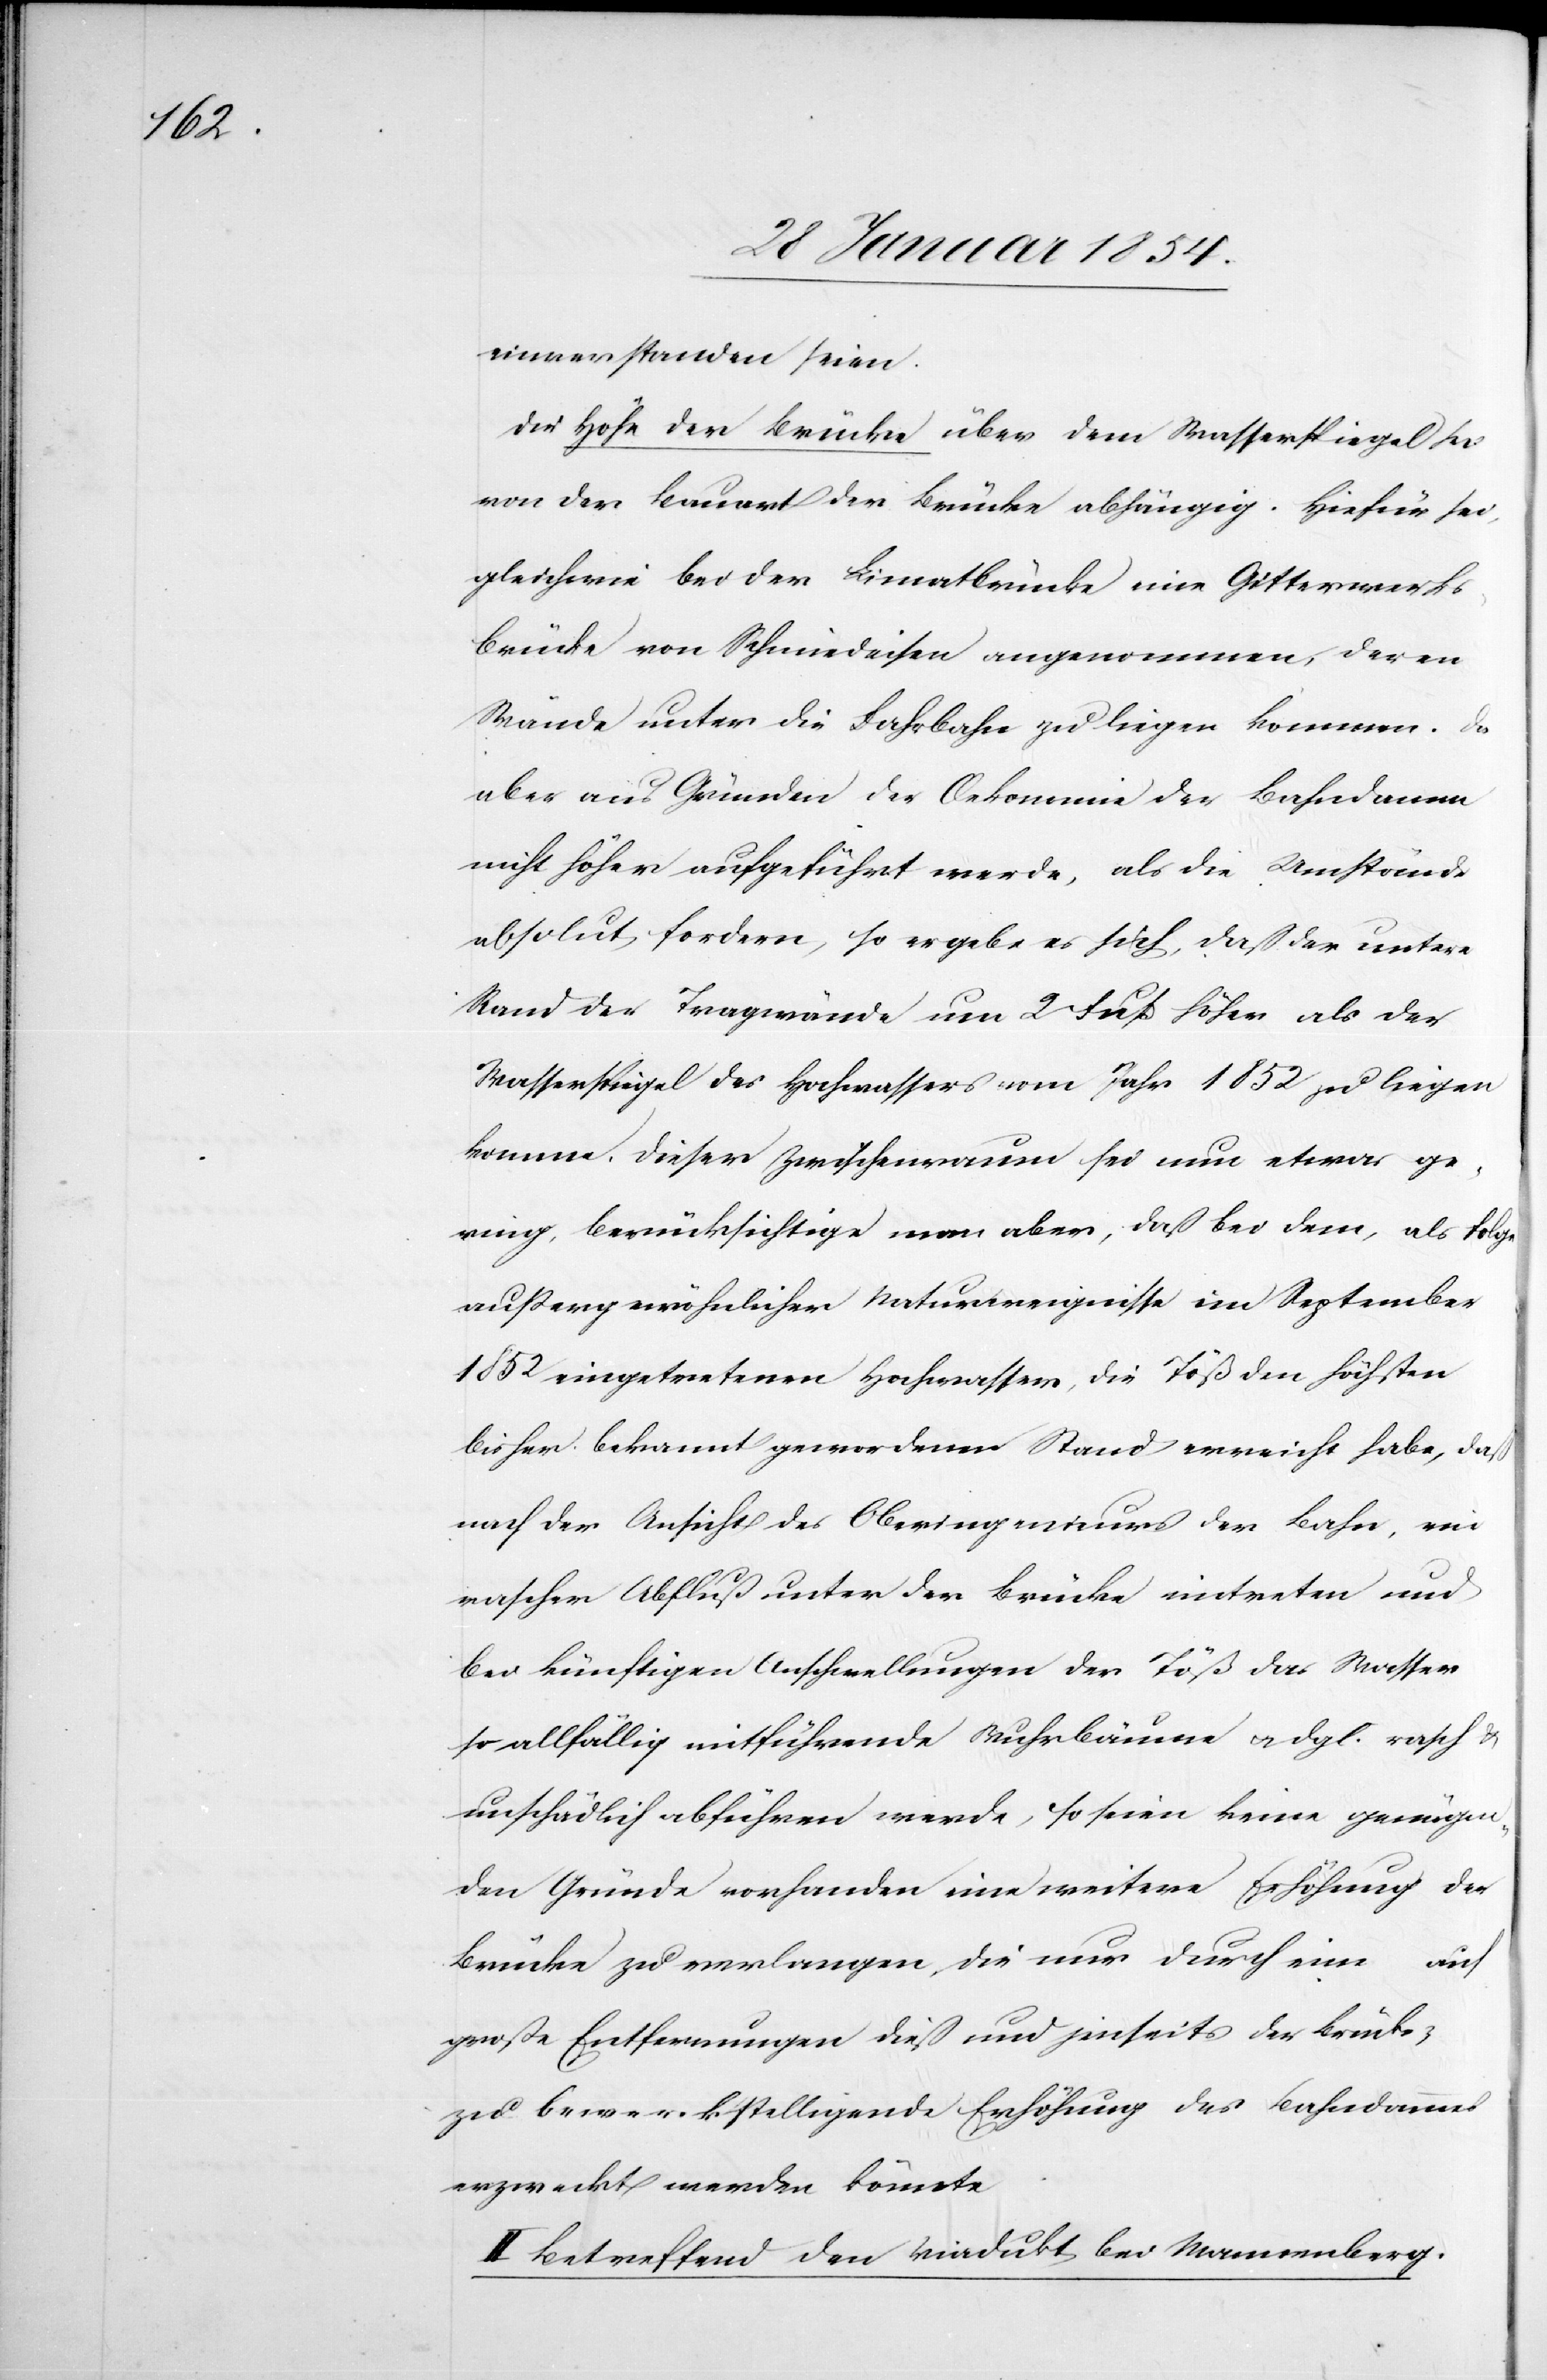
einverstanden seien.
Die Höhe der Brücke über dem Wasserspiegel sei
von der Bauart der Brücke abhängig. Hiefür sei
gleichwie bei der Limmatbrücke eine Gitterwerks¬
brücke von Schmiedeisen angenommen, deren
Wände unter die Fahrbahn zu liegen kommen. Da
aber aus Gründen der Oekonomie der Bahndamm
nicht höher ausgeführt werde, als die Umstände
absolut fordern, so ergebe es sich, daß der untere
Rand der Tragwände um 2 Fuß höher als der
Wasserspiegel des Hochwassers vom Jahr 1852 zu liegen
komme. Dieser Zwischenraum sei nun etwas ge¬
ring, berücksichtige man aber, daß bei dem, als folge
außergewöhnlicher Naturereignisse im September
1852 eingetretenen Hochwasser, die Töß den höchsten
bisher bekannt gewordenen Stand erreicht habe, daß
nach der Ansicht des Oberingenieurs der Bahn, ein
rascher Abfluß unter der Brücke eintreten und
bei künftigen Anschwellungen der Töß das Wasser
so allfällig mitführende Wuhrbäume u. dgl. rasch u.
unschädlich abführen werde, so seien keine genügen¬
den Gründe vorhanden eine weitere Erhöhung der
Brücke zu verlangen, die nur durch ein auf
große Entfernungen dieß und jenseits der Brücke
zu bewerkstelligende Erhöhung des Bahndammes
erzweckt werden könnte.
II. Betreffend den Viadukt bei Wannenberg.